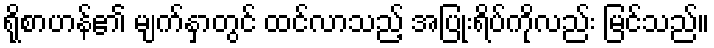
ရိုစာဟန်၏ မျက်နှာတွင် ထင်လာသည့် အပြုံးရိပ်ကိုလည်း မြင်သည်။